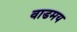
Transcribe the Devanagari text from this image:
वाडमय